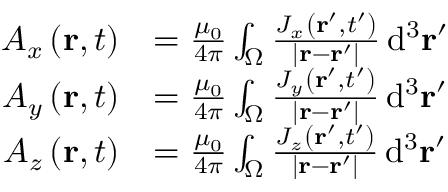
{ \begin{array} { r l } { A _ { x } \left( \mathbf { r } , t \right) } & { = { \frac { \mu _ { 0 } } { 4 \pi } } \int _ { \Omega } { \frac { J _ { x } \left( \mathbf { r } ^ { \prime } , t ^ { \prime } \right) } { \left| \mathbf { r } - \mathbf { r } ^ { \prime } \right| } } \, \mathrm { d } ^ { 3 } \mathbf { r } ^ { \prime } } \\ { A _ { y } \left( \mathbf { r } , t \right) } & { = { \frac { \mu _ { 0 } } { 4 \pi } } \int _ { \Omega } { \frac { J _ { y } \left( \mathbf { r } ^ { \prime } , t ^ { \prime } \right) } { \left| \mathbf { r } - \mathbf { r } ^ { \prime } \right| } } \, \mathrm { d } ^ { 3 } \mathbf { r } ^ { \prime } } \\ { A _ { z } \left( \mathbf { r } , t \right) } & { = { \frac { \mu _ { 0 } } { 4 \pi } } \int _ { \Omega } { \frac { J _ { z } \left( \mathbf { r } ^ { \prime } , t ^ { \prime } \right) } { \left| \mathbf { r } - \mathbf { r } ^ { \prime } \right| } } \, \mathrm { d } ^ { 3 } \mathbf { r } ^ { \prime } } \end{array} }